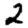
Digit: 2